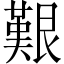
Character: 艱